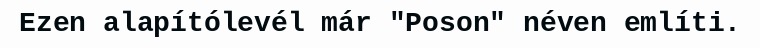
Ezen alapítólevél már "Poson" néven említi.